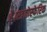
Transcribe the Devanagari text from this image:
है।स्त्रतोस्फेरिक